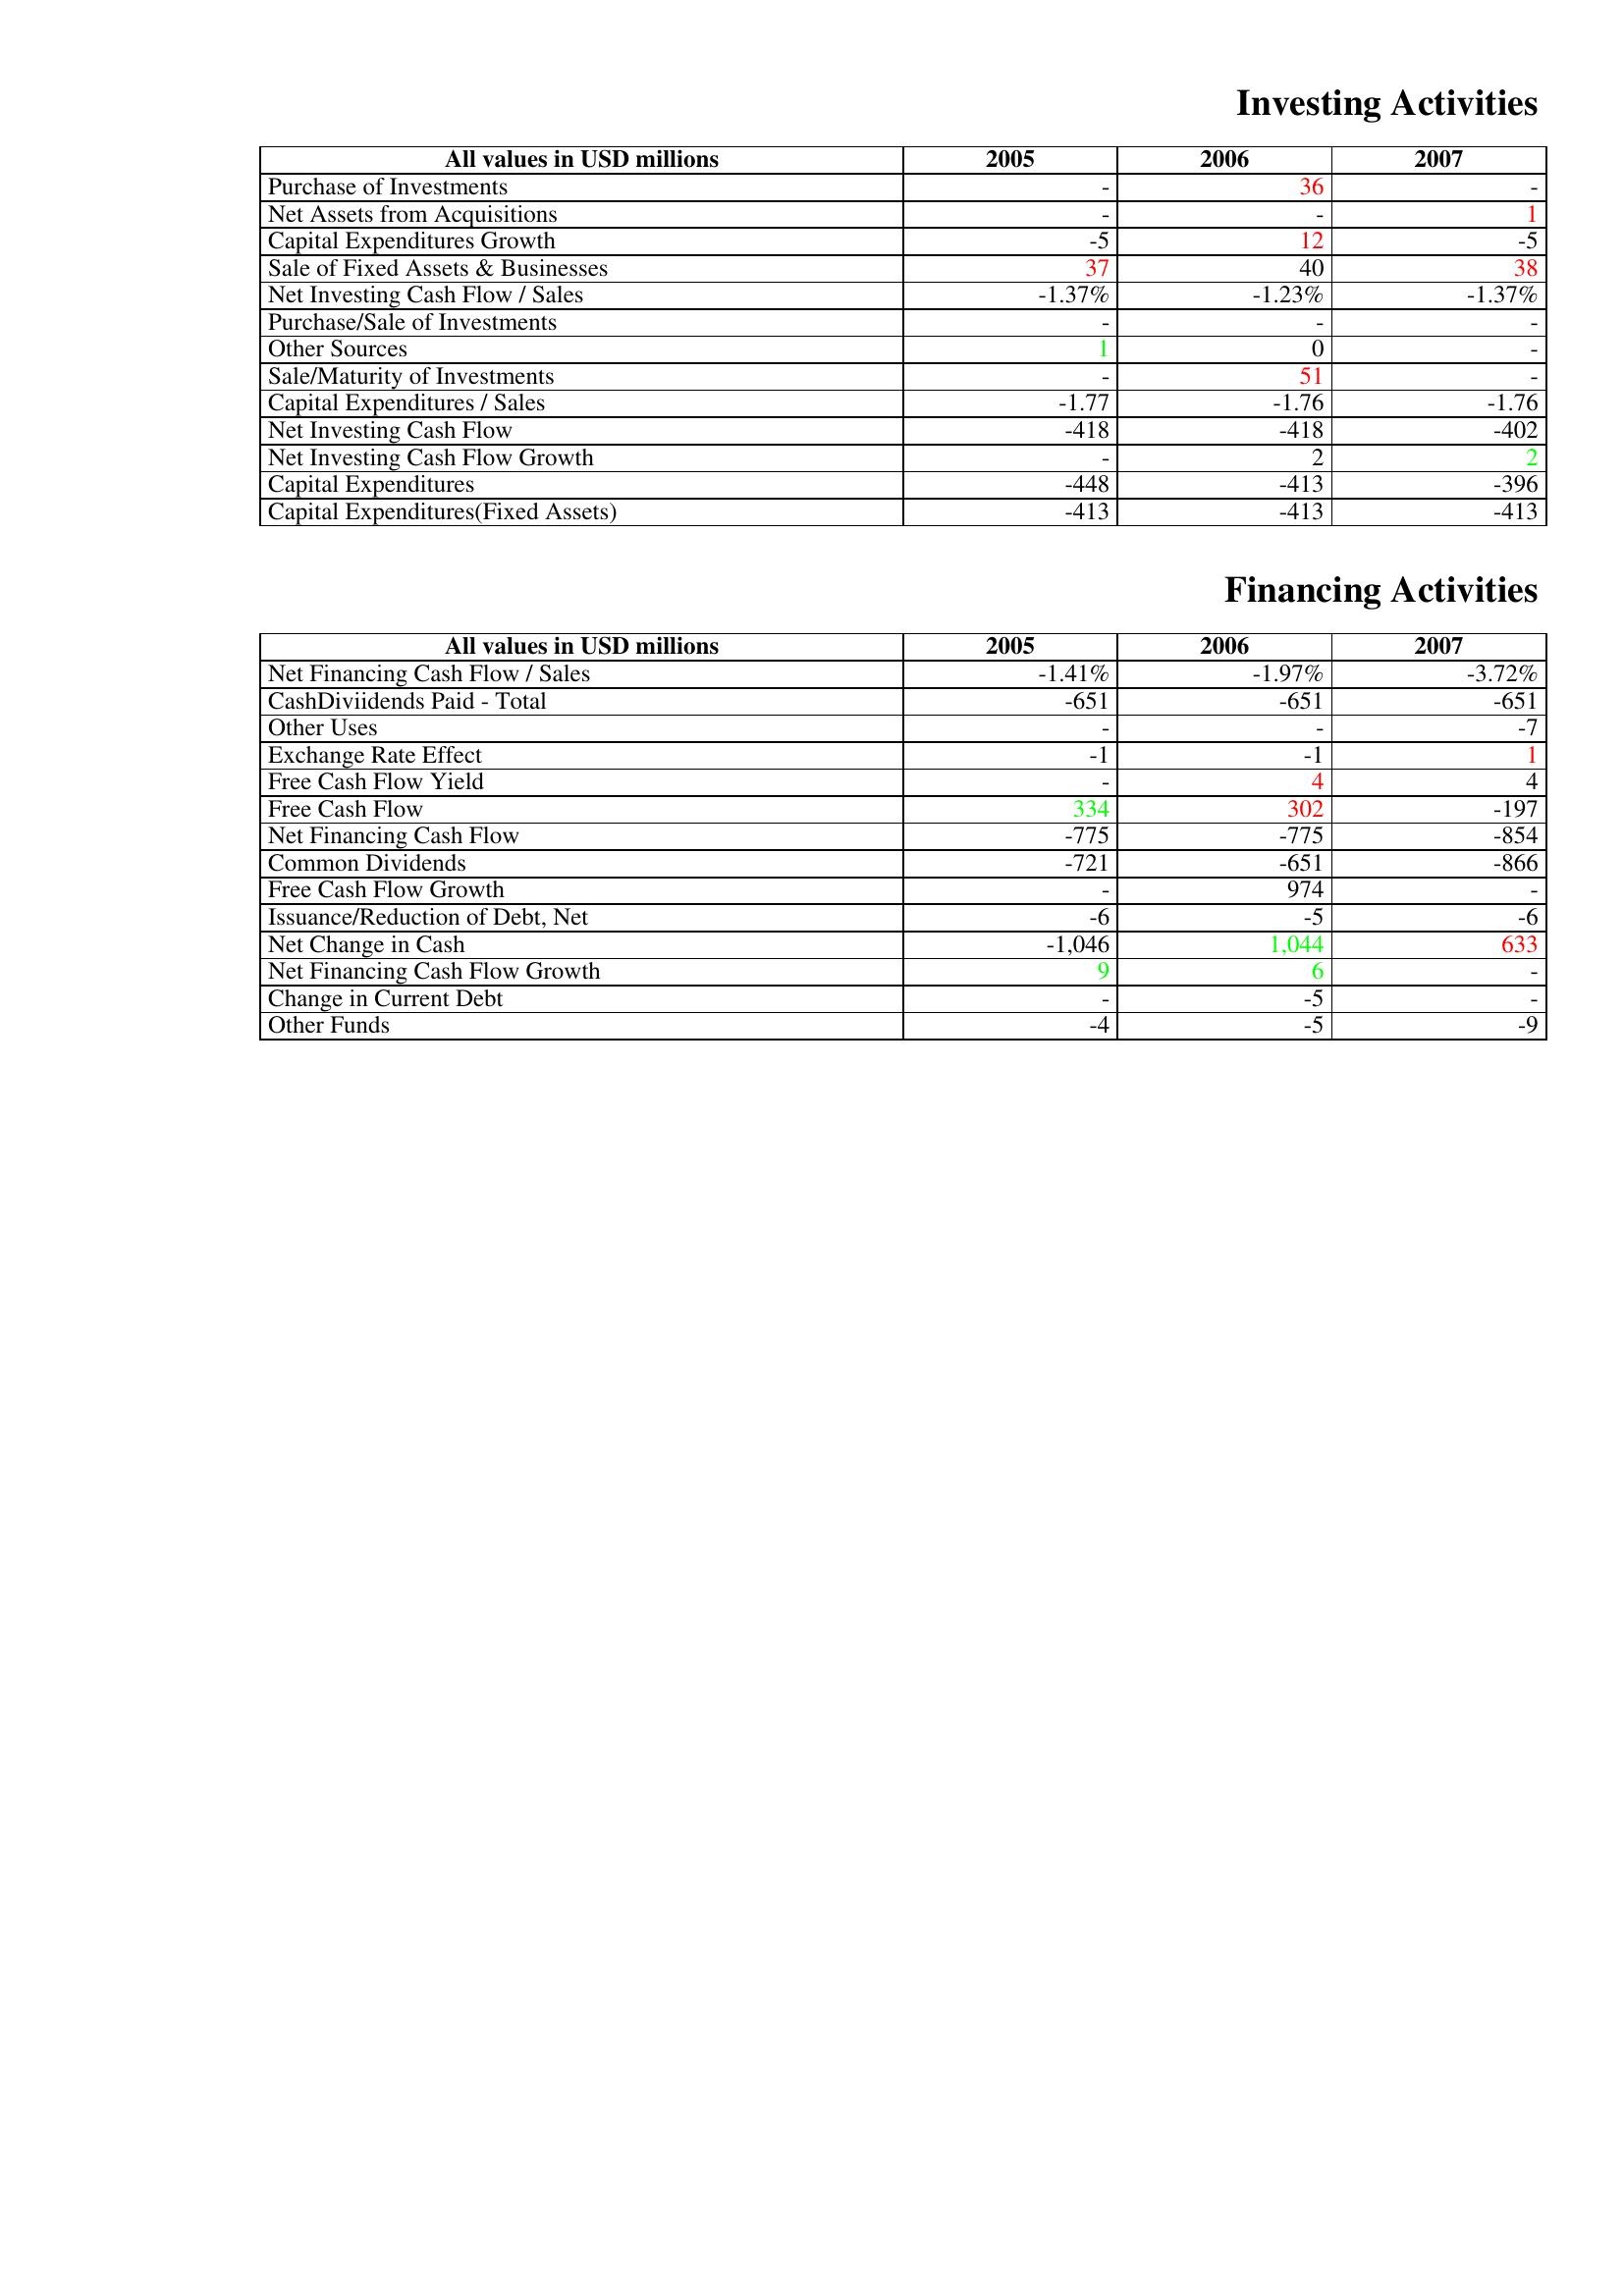
gt_parse: 2005: Investing Activities: Purchase of Investments: -
Net Assets from Acquisitions: -
Capital Expenditures Growth: -5
Sale of Fixed Assets & Businesses: 37
Net Investing Cash Flow / Sales: -1.37%
Purchase/Sale of Investments: -
Other Sources: 1
Sale/Maturity of Investments: -
Capital Expenditures / Sales: -1.77
Net Investing Cash Flow: -418
Net Investing Cash Flow Growth: -
Capital Expenditures: -448
Capital Expenditures(Fixed Assets): -413
Financing Activities: Net Financing Cash Flow / Sales: -1.41%
CashDiviidends Paid - Total: -651
Other Uses: -
Exchange Rate Effect: -1
Free Cash Flow Yield: -
Free Cash Flow: 334
Net Financing Cash Flow: -775
Common Dividends: -721
Free Cash Flow Growth: -
Issuance/Reduction of Debt, Net: -6
Net Change in Cash: -1,046
Net Financing Cash Flow Growth: 9
Change in Current Debt: -
Other Funds: -4
2006: Investing Activities: Purchase of Investments: 36
Net Assets from Acquisitions: -
Capital Expenditures Growth: 12
Sale of Fixed Assets & Businesses: 40
Net Investing Cash Flow / Sales: -1.23%
Purchase/Sale of Investments: -
Other Sources: 0
Sale/Maturity of Investments: 51
Capital Expenditures / Sales: -1.76
Net Investing Cash Flow: -418
Net Investing Cash Flow Growth: 2
Capital Expenditures: -413
Capital Expenditures(Fixed Assets): -413
Financing Activities: Net Financing Cash Flow / Sales: -1.97%
CashDiviidends Paid - Total: -651
Other Uses: -
Exchange Rate Effect: -1
Free Cash Flow Yield: 4
Free Cash Flow: 302
Net Financing Cash Flow: -775
Common Dividends: -651
Free Cash Flow Growth: 974
Issuance/Reduction of Debt, Net: -5
Net Change in Cash: 1,044
Net Financing Cash Flow Growth: 6
Change in Current Debt: -5
Other Funds: -5
2007: Investing Activities: Purchase of Investments: -
Net Assets from Acquisitions: 1
Capital Expenditures Growth: -5
Sale of Fixed Assets & Businesses: 38
Net Investing Cash Flow / Sales: -1.37%
Purchase/Sale of Investments: -
Other Sources: -
Sale/Maturity of Investments: -
Capital Expenditures / Sales: -1.76
Net Investing Cash Flow: -402
Net Investing Cash Flow Growth: 2
Capital Expenditures: -396
Capital Expenditures(Fixed Assets): -413
Financing Activities: Net Financing Cash Flow / Sales: -3.72%
CashDiviidends Paid - Total: -651
Other Uses: -7
Exchange Rate Effect: 1
Free Cash Flow Yield: 4
Free Cash Flow: -197
Net Financing Cash Flow: -854
Common Dividends: -866
Free Cash Flow Growth: -
Issuance/Reduction of Debt, Net: -6
Net Change in Cash: 633
Net Financing Cash Flow Growth: -
Change in Current Debt: -
Other Funds: -9